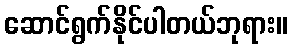
ဆောင်ရွက်နိုင်ပါတယ်ဘုရား။